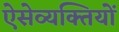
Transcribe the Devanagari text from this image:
ऐसेव्यक्तियों